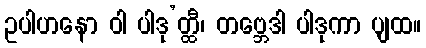
ဥပါဟနော ဝါ ပါဒု’တ္ထီ၊ တဗ္ဘေဒါ ပါဒုကာ ပျထ။